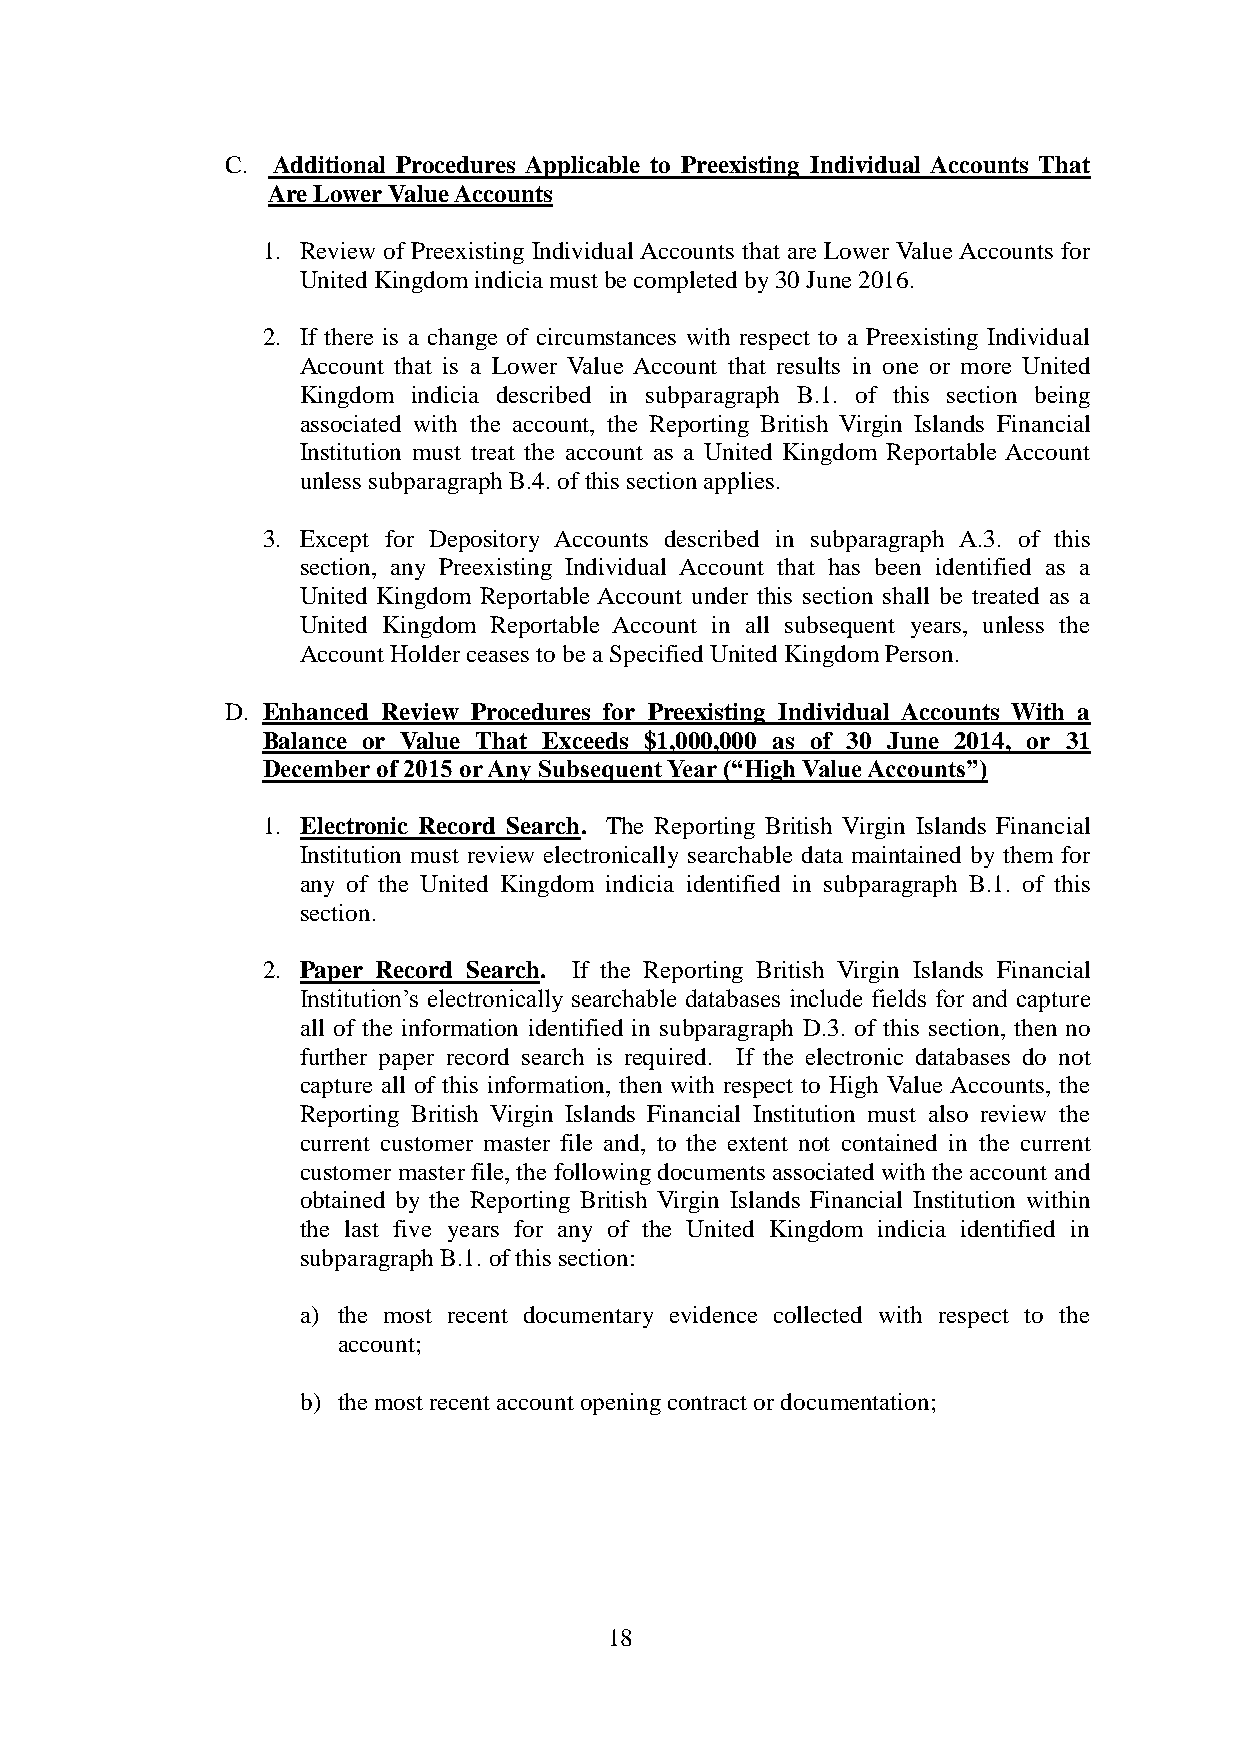
C. Additional Procedures Applicable to Preexisting Individual Accounts That
 Are Lower Value Accounts
 1. Review of Preexisting Individual Accounts that are Lower Value Accounts for
 United Kingdom indicia must be completed by 30 June 2016.
 2. If there is a change of circumstances with respect to a Preexisting Individual
 Account that is a Lower Value Account that results in one or more United
 Kingdom indicia described in subparagraph B.1. of this section being
 associated with the account, the Reporting British Virgin Islands Financial
 Institution must treat the account as a United Kingdom Reportable Account
 unless subparagraph B.4. of this section applies.
 3. Except for Depository Accounts described in subparagraph A.3. of this
 section, any Preexisting Individual Account that has been identified as a
 United Kingdom Reportable Account under this section shall be treated as a
 United Kingdom Reportable Account in all subsequent years, unless the
 Account Holder ceases to be a Specified United Kingdom Person.
 D. Enhanced Review Procedures for Preexisting Individual Accounts With a
 Balance or Value That Exceeds $1,000,000 as of 30 June 2014, or 31
 December of 2015 or Any Subsequent Year (“High Value Accounts”)
 1. Electronic Record Search. The Reporting British Virgin Islands Financial
 Institution must review electronically searchable data maintained by them for
 any of the United Kingdom indicia identified in subparagraph B.1. of this
 section.
 2. Paper Record Search. If the Reporting British Virgin Islands Financial
 Institution’s electronically searchable databases include fields for and capture
 all of the information identified in subparagraph D.3. of this section, then no
 further paper record search is required. If the electronic databases do not
 capture all of this information, then with respect to High Value Accounts, the
 Reporting British Virgin Islands Financial Institution must also review the
 current customer master file and, to the extent not contained in the current
 customer master file, the following documents associated with the account and
 obtained by the Reporting British Virgin Islands Financial Institution within
 the last five years for any of the United Kingdom indicia identified in
 subparagraph B.1. of this section:
 a) the most recent documentary evidence collected with respect to the
 account;
 b) the most recent account opening contract or documentation;
 18